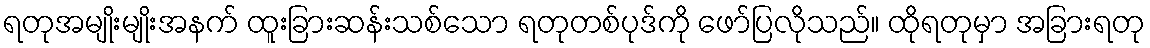
ရတုအမျိုးမျိုးအနက် ထူးခြားဆန်းသစ်သော ရတုတစ်ပုဒ်ကို ဖော်ပြလိုသည်။ ထိုရတုမှာ အခြားရတု